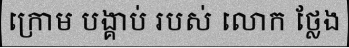
ក្រោម បង្គាប់ របស់ លោក ថ្លែង